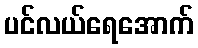
ပင်လယ်ရေအောက်